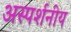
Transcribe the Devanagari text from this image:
अस्पर्शनीय